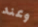
وعند